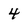
Character: 4